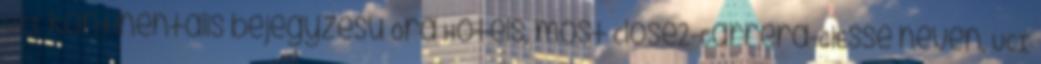
UCI kontinentális bejegyzésű Ora Hotels, most Close2-Carrera-GiEsse néven, UCI